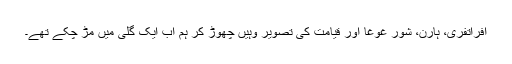
افراتفری، ہارن، شور غوغا اور قیامت کی تصویر وہیں چھوڑ کر ہم اب ایک گلی میں مڑ چکے تھے۔